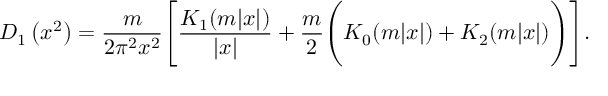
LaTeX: { \cal D } _ { 1 } \left( x ^ { 2 } \right) = \frac { m } { 2 \pi ^ { 2 } x ^ { 2 } } \Biggl [ \frac { K _ { 1 } ( m | x | ) } { \left| x \right| } + \frac { m } { 2 } \Biggl ( K _ { 0 } ( m | x | ) + K _ { 2 } ( m | x | ) \Biggr ) \Biggr ] .